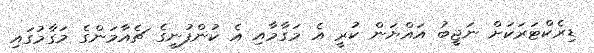
ޑިރެކްޓަރަކަށް ނަޖީބު އައްޔަން ކުރީ އެ މަގާމާއި އެ ކުންފުނީގެ ޗެއާމަންގެ މަަގާމުގައި